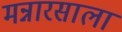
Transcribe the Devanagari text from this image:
मन्नारसाला